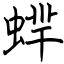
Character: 蝆